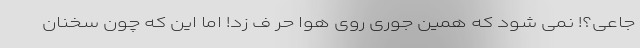
جاعی؟! نمی شود که همین جوری روی هوا حر ف زد! اما این که چون سخنان